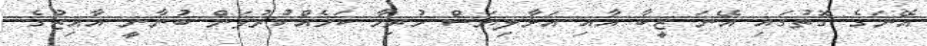
އޭނަގެ ގޮތުގައި އޭނަ ޒީބާ އާއި އަޅާލިޔަސް ހުރިހާ ކަމެއްކުރުވަން ބުނާނީ އާއިޒުގެ